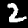
Digit: 2